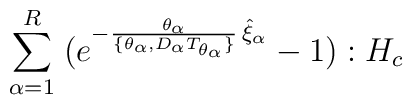
\;\sum_{\alpha=1}^R \;(e^{-\frac{\theta_\alpha}{\lbrace\theta_\alpha,D_\alpha T_{\theta_\alpha}\rbrace}\,\hat\xi_\alpha}- 1): H_c\;